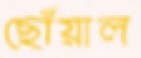
ছোঁয়াল